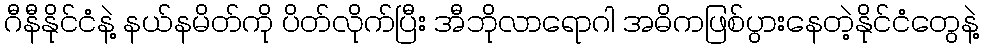
ဂီနီနိုင်ငံနဲ့ နယ်နမိတ်ကို ပိတ်လိုက်ပြီး အီဘိုလာရောဂါ အဓိကဖြစ်ပွားနေတဲ့နိုင်ငံတွေနဲ့